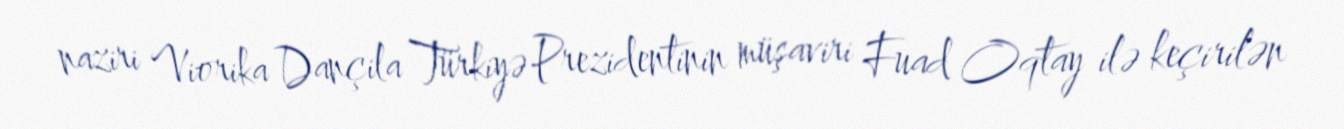
naziri Viorika Dançila Türkiyə Prezidentinin müşaviri Fuad Oqtay ilə keçirilən